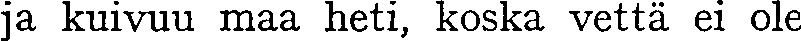
ja kuivuu maa heti, koska vettä ei ole